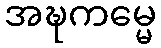
အဍ္ဎကမ္မေ